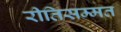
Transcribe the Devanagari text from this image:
रीतिसम्मत